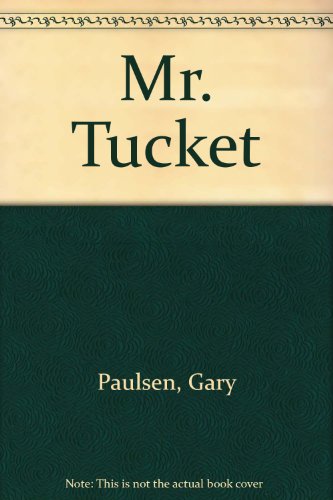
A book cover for Mr. Tucket; Gary Paulsen; Teen & Young Adult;